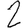
Digit: 2